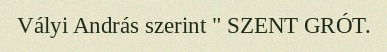
Vályi András szerint " SZENT GRÓT.